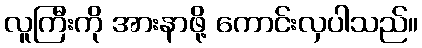
လူကြီးကို အားနာဖို့ ကောင်းလှပါသည်။